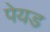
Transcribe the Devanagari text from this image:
पेयड